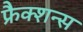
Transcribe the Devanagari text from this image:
फ्रैक्शन्स